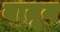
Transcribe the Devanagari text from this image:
बातूम